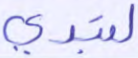
لتبدي